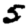
Digit: 5